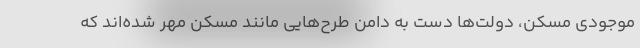
موجودی مسکن، دولت‌ها دست به دامن طرح‌هایی مانند مسکن مهر شده‌اند که